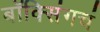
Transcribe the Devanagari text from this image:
बॉक्सिंगचं